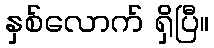
နှစ်လောက် ရှိပြီ။